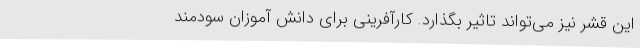
این قشر نیز می‌تواند تاثیر بگذارد. کارآفرینی برای دانش آموزان سودمند